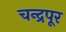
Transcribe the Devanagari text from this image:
चन्द्रपूर